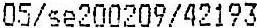
05/SE200209/42193